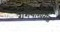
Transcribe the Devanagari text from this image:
रशियाखेरीज